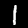
Digit: 1